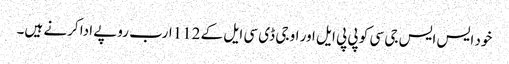
خود ایس ایس جی سی کو پی پی ایل اور او جی ڈی سی ایل کے 112ارب روپے ادا کرنے ہیں۔